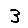
Digit: 3